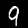
Label: 9